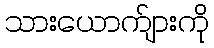
သားယောက်ျားကို